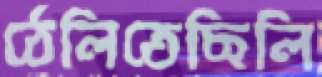
ঠেলিতেছিলি